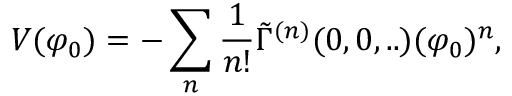
V ( \varphi _ { 0 } ) = - \sum _ { n } \frac { 1 } { n ! } \tilde { \Gamma } ^ { ( n ) } ( 0 , 0 , . . ) ( \varphi _ { 0 } ) ^ { n } ,